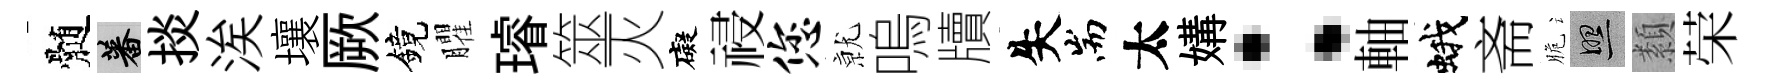
髄蕃掞涘壤厥鏡臞璿筮灭礙祲您𭕒嗚牘失耑太媾：軸蛾斋脆照纇荣